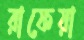
রাফেয়া